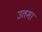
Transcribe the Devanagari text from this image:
उतमा